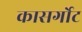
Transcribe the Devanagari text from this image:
कासर्गोट